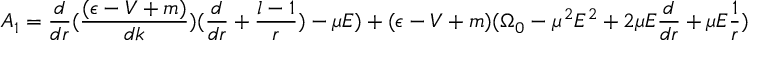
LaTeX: A _ { 1 } = \frac { d } { d r } ( \frac { ( \epsilon - V + m ) } { d k } ) ( \frac { d } { d r } + \frac { l - 1 } { r } ) - \mu E ) + ( \epsilon - V + m ) ( \Omega _ { 0 } - \mu ^ { 2 } E ^ { 2 } + 2 \mu E \frac { d } { d r } + \mu E \frac { 1 } { r } )